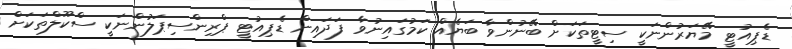
ޑެޕިއުޓީ މޭޔަރުންނަކީ ސިޓީތަކަށް ބޭނުންވާ ބަޔެއް ކަމުގައިނުވާ ފަދައިން ޑެޕިއުޓީ ޕްރިންސިޕަލުންނަކީ ސްކޫލްތަކަށް